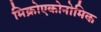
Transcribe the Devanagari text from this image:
मिक्रोएकोनोमिक